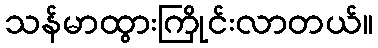
သန်မာထွားကြိုင်းလာတယ်။